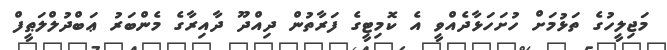
މަޖިލީހުގެ ތަޅުމަށް ހުށަހަޅާދެއްވީ އެ ކޮމިޓީގެ ފަރާތުން ދިއްދޫ ދާއިރާގެ މެންބަރު ޢަބްދުލްލަޠީފް